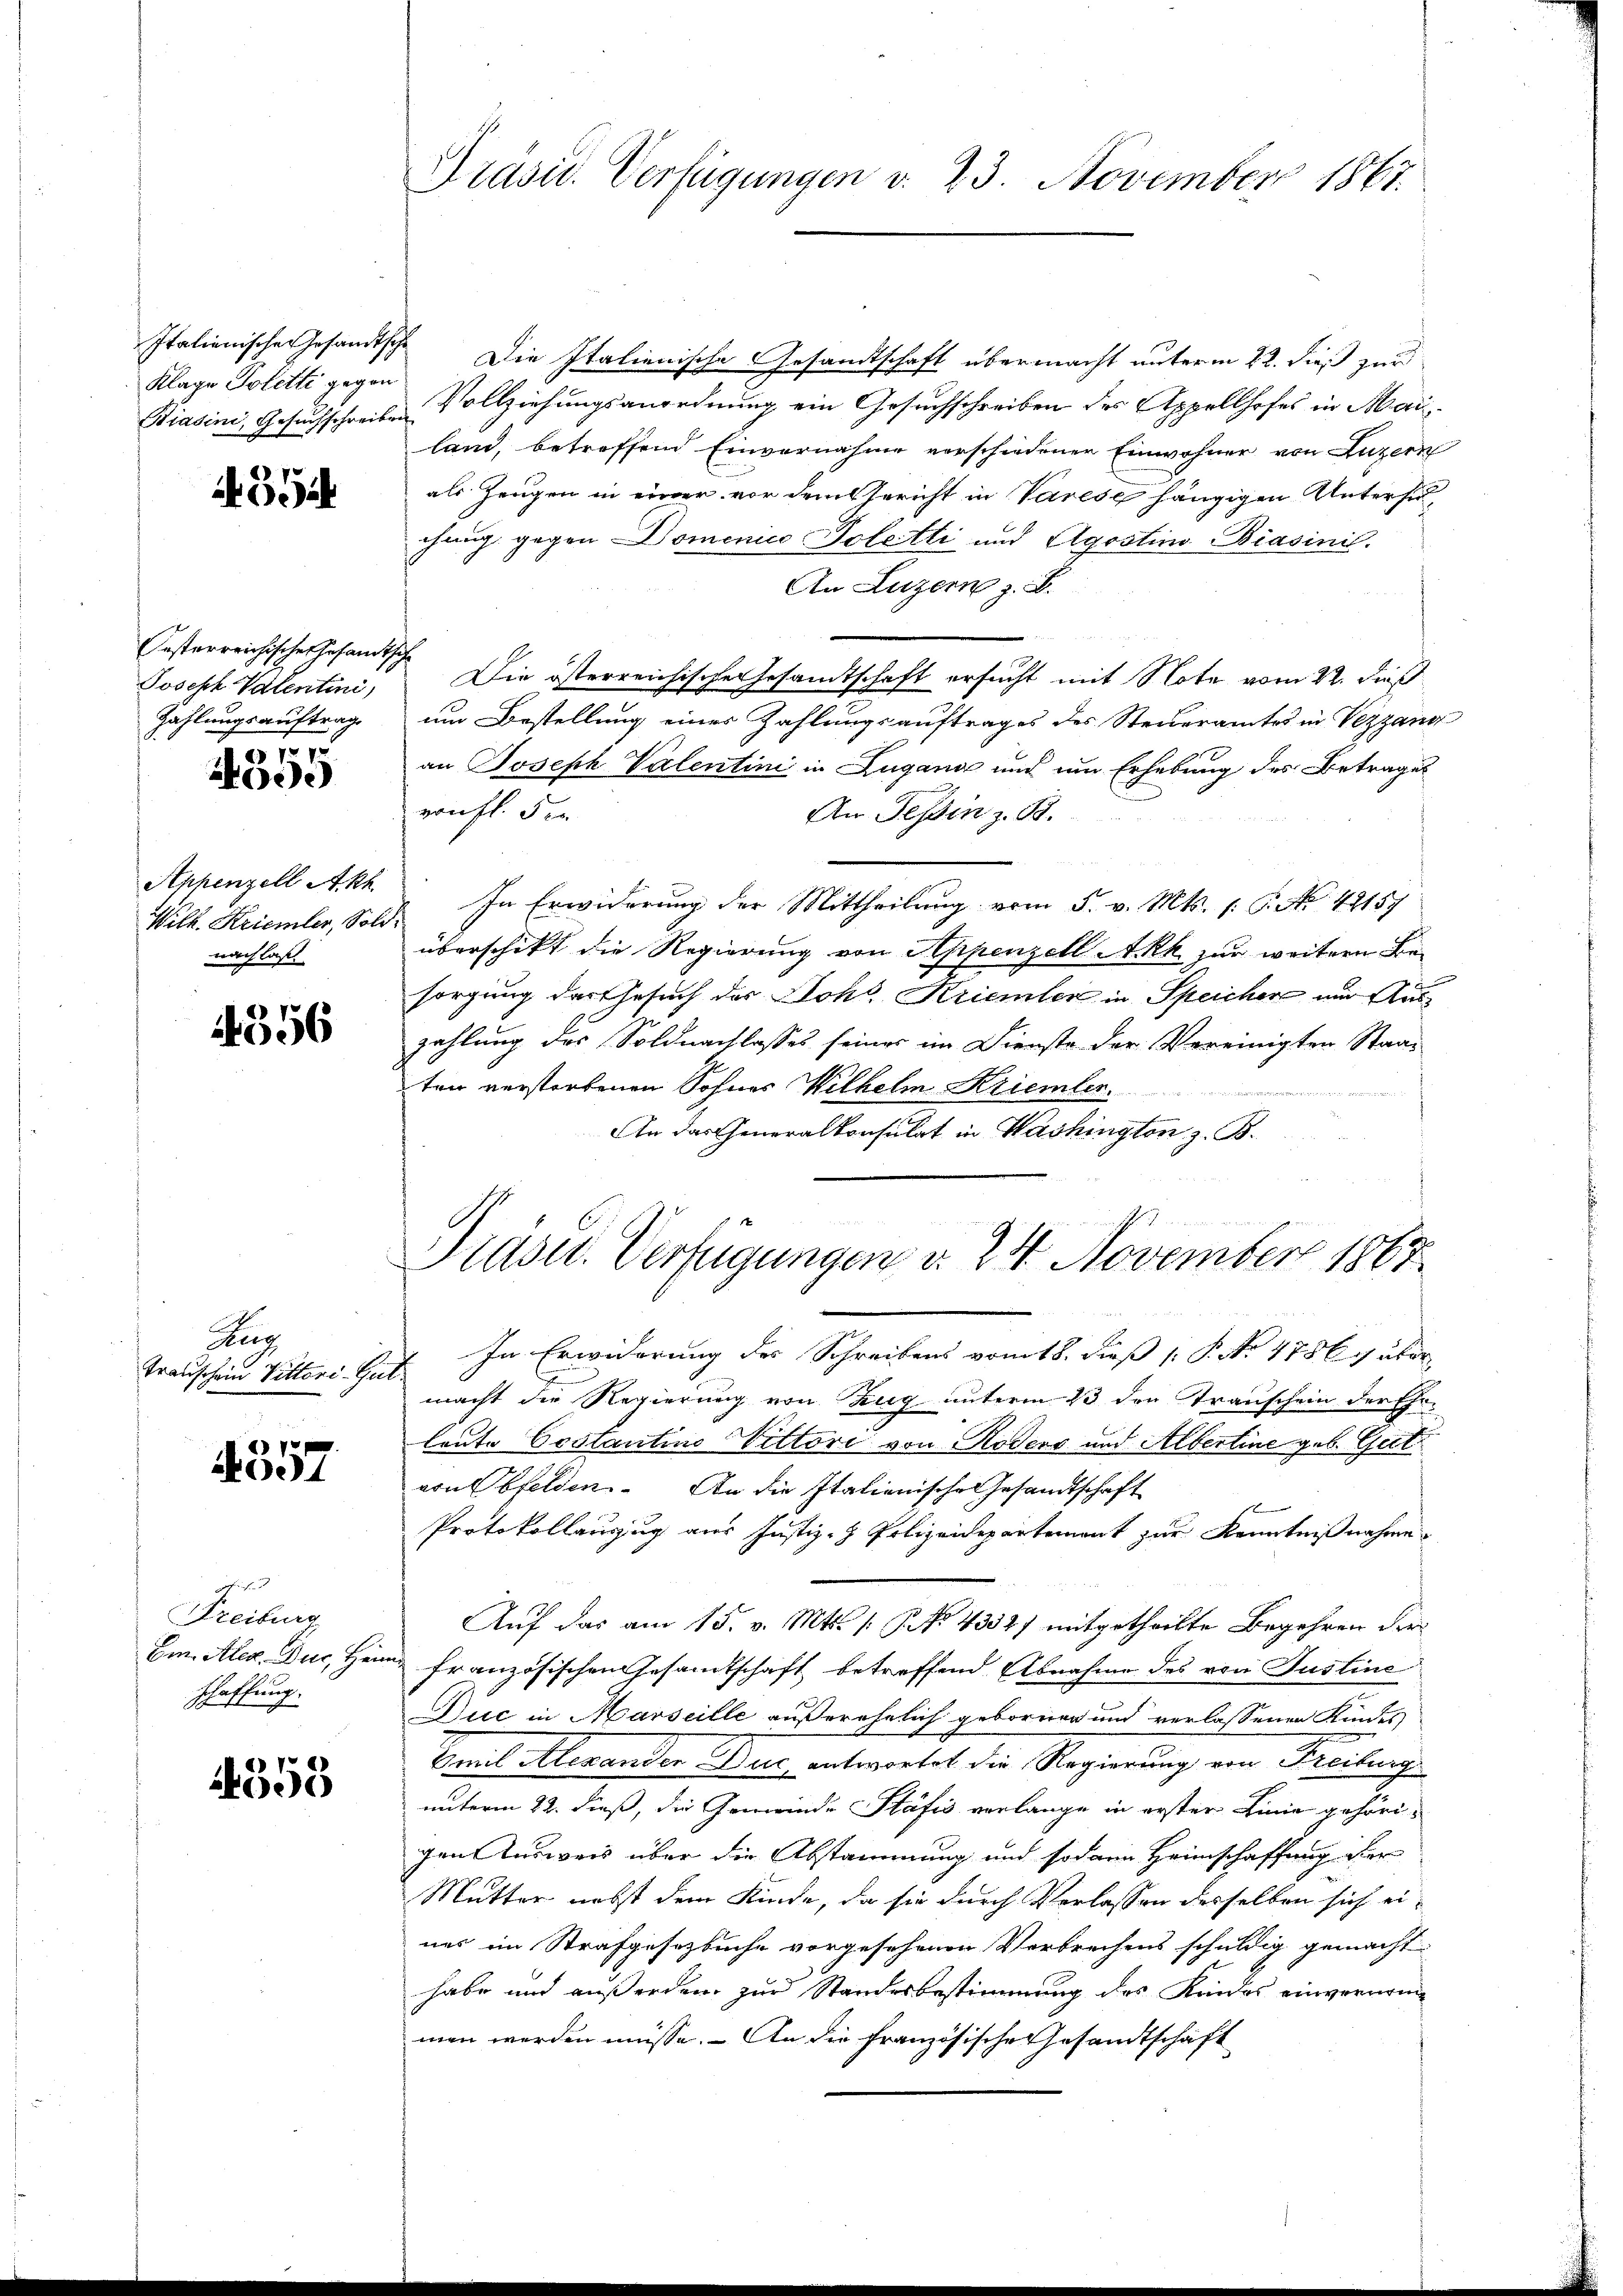
Klage Polette gegen
Hiasini, Gesuchschreibe

39

Oesterreichische Gesandts
Joseph Valentini,
Zahlungsauftrag
77

A

Appenzell Akt
Wilk. Kriemler, Sold
nach las

4356

Heer
transchein Vittori. Gur

357

Freiburg
Em. Alex. Du, Hen
schaffung.

353

Präsid. Verfügungen d. 23. November 1867.

Italienischen Gesandtsche Die Italienische Gesandtschaft übermacht unterm 22. dieß zur
Vollziehungsanordnung ein Gesuchschreiben des Appellhofes in Mai
land, betreffend Einvernahme verschiedenen Einwohner von Luzern
als Zeugen in einer vor dem Gericht in Varese hängigen Untersuchung gegen Domenico Poletti und Agostin-Brasinis.
An Luzern z. B.
d
Die österreichische Gesandtschaft ersucht mit Note vom 22. dieß
um Bestellung einer Zahlungsauftrages des Steueramtes in Vezzang
an Joseph Valentini in Zugano und um Erhebung des Betrages
von fl. den
An Tessin z. B.
 In Erwiderung der Mittheilung vom 5. v. Mts. (: P. Nr. 18157
überschikt die Regierung von Appenzell A.Rh. zur weitern Besorgung das Gesuch der Johs Kriemler in Speicher und Auszahlung des Soldnachlasses seiner im Dienste der Vereinigten Staat
ten verstorbenen Sohnes Wilhelm Kriemler.
An das Generalkonsulat in Washington z. B.
20
Präsid.. Verfügungen d. 24. November 1867
In Erwiderung des Schreibens vom 18. dieß 1. P. No 1786 g über
f
macht die Regierung von Zug unterm 23 den Transchein der Ehrleute Costantino Vittori von Roders und Albertine geb. Gut
von Obfelden. An die Italienische Gesandtschaft
Protokollauszug aus Justiz- & Polizeidepartement zur Kenntnißnahme
Auf das am 15. v. Mts. (: P. Nr. 4332) mitgetheilte Begehren der
französischen Gesamtschaft betreffend Abnahme des von Justine
Duc in Marseille außerehelich gebornen und verlassenen Kindes
Smit Meranden Duc entwortet die Regierung von Freiling
unterm 22. dieß, die Gemeinde Stäfis verlange in erster Linie gehöri-
gen Ausweis über die Abstammung und sodann Heimschaffung der
Mutter nebst dem Kinde, da sie durch Verlassen desselben sich eines im Strafgesetzbuche vorgesehenen Verbrechens schuldig gemacht.
habe und außerden zur Standesbestimmung des Kindes einverarm
men werden müsse. – An die französische Gesandtschaft